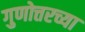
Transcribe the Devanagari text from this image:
गुणोत्तरच्या